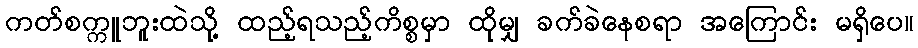
ကတ်စက္ကူဘူးထဲသို့ ထည့်ရသည့်ကိစ္စမှာ ထိုမျှ ခက်ခဲနေစရာ အကြောင်း မရှိပေ။